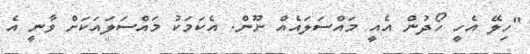
"ހިލޭ އެހީ ހޯދުން އެއީ މައްސަލައެއް ނޫން. އެކަމަކު މައްސަލައަކަށް ވާނީ އެ